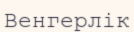
Венгерлік